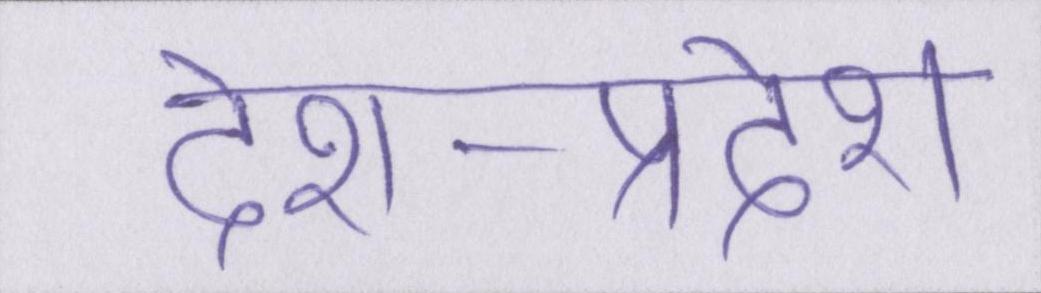
देश-प्रदेश